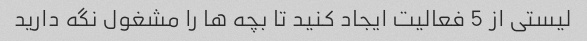
لیستی از 5 فعالیت ایجاد کنید تا بچه ها را مشغول نگه دارید